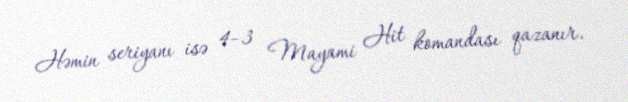
Həmin seriyanı isə 4–3 Mayami Hit komandası qazanır.